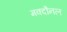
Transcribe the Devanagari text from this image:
मक्दौनल